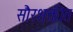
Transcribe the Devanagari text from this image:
सौरशक्तीत